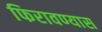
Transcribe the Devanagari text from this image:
फिरावण्यास